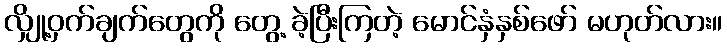
လျှို့ဝှက်ချက်တွေကို တွေ့ ခဲ့ပြီးကြတဲ့ မောင်နှံနှစ်ဖော် မဟုတ်လား။